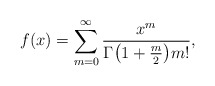
\begin{align*} f(x) = \sum_{m=0}^\infty \frac{x^m}{\Gamma \bigl(1 + \frac{m}{2}\bigr) m!}, \end{align*}